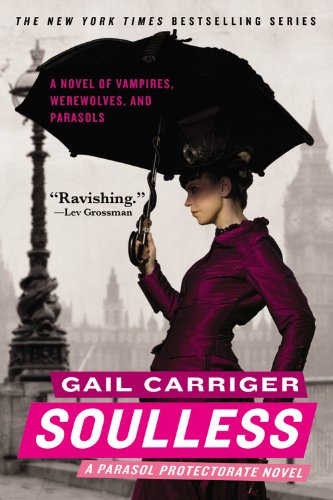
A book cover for Soulless (The Parasol Protectorate); Gail Carriger; Science Fiction & Fantasy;